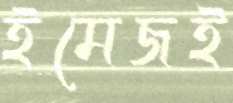
ইমেজই